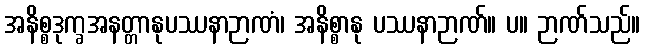
အနိစ္စဒုက္ခအနတ္တာနုပဿနာဉာဏံ၊ အနိစ္စာနု ပဿနာဉာဏ်။ ပ။ ဉာဏ်သည်။